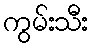
ကွမ်းသီး